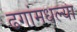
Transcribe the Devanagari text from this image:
ढगांमधल्या